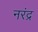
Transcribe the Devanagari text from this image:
नरंद्र